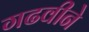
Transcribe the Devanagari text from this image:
गढवीने